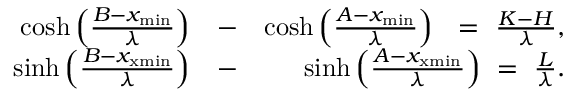
\begin{array} { r l r } { \cosh \left( \frac { B - x _ { \mathrm { m i n } } } { \lambda } \right) } & { - } & { \cosh \left( \frac { A - x _ { \mathrm { m i n } } } { \lambda } \right) ~ ~ = ~ \frac { K - H } { \lambda } , } \\ { \sinh \left( \frac { B - x _ { \mathrm { x m i n } } } { \lambda } \right) } & { - } & { \sinh \left( \frac { A - x _ { \mathrm { x m i n } } } { \lambda } \right) ~ = ~ \frac { L } { \lambda } . } \end{array}